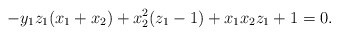
\begin{align*} - y_1 z_1 (x_1 + x_2 ) + x_2^2 (z_1-1)+ x_1 x_2 z_1 + 1 = 0. \end{align*}